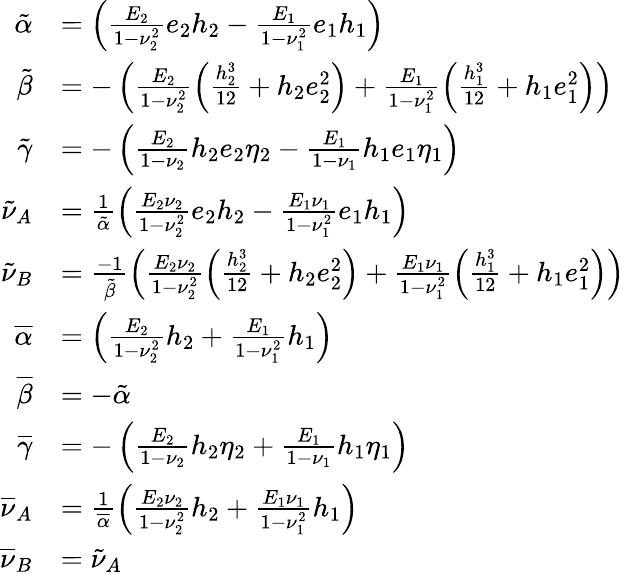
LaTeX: \begin{array}{rl}{\tilde{\alpha}}&{=\left(\frac{E_{2}}{1-\nu_{2}^{2}}e_{2}h_{2}-\frac{E_{1}}{1-\nu_{1}^{2}}e_{1}h_{1}\right)}\\ {\tilde{\beta}}&{=-\left(\frac{E_{2}}{1-\nu_{2}^{2}}\left(\frac{h_{2}^{3}}{12}+h_{2}e_{2}^{2}\right)+\frac{E_{1}}{1-\nu_{1}^{2}}\left(\frac{h_{1}^{3}}{12}+h_{1}e_{1}^{2}\right)\right)}\\ {\tilde{\gamma}}&{=-\left(\frac{E_{2}}{1-\nu_{2}}h_{2}e_{2}\eta_{2}-\frac{E_{1}}{1-\nu_{1}}h_{1}e_{1}\eta_{1}\right)}\\ {\tilde{\nu}_{A}}&{=\frac{1}{\tilde{\alpha}}\left(\frac{E_{2}\nu_{2}}{1-\nu_{2}^{2}}e_{2}h_{2}-\frac{E_{1}\nu_{1}}{1-\nu_{1}^{2}}e_{1}h_{1}\right)}\\ {\tilde{\nu}_{B}}&{=\frac{-1}{\tilde{\beta}}\left(\frac{E_{2}\nu_{2}}{1-\nu_{2}^{2}}\left(\frac{h_{2}^{3}}{12}+h_{2}e_{2}^{2}\right)+\frac{E_{1}\nu_{1}}{1-\nu_{1}^{2}}\left(\frac{h_{1}^{3}}{12}+h_{1}e_{1}^{2}\right)\right)}\\ {\overline{{\alpha}}}&{=\left(\frac{E_{2}}{1-\nu_{2}^{2}}h_{2}+\frac{E_{1}}{1-\nu_{1}^{2}}h_{1}\right)}\\ {\overline{{\beta}}}&{=-\tilde{\alpha}}\\ {\overline{{\gamma}}}&{=-\left(\frac{E_{2}}{1-\nu_{2}}h_{2}\eta_{2}+\frac{E_{1}}{1-\nu_{1}}h_{1}\eta_{1}\right)}\\ {\overline{{\nu}}_{A}}&{=\frac{1}{\overline{{\alpha}}}\left(\frac{E_{2}\nu_{2}}{1-\nu_{2}^{2}}h_{2}+\frac{E_{1}\nu_{1}}{1-\nu_{1}^{2}}h_{1}\right)}\\ {\overline{{\nu}}_{B}}&{=\tilde{\nu}_{A}}\end{array}